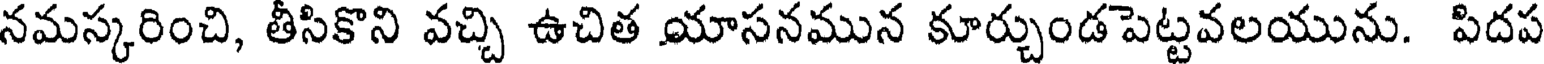
నమస్కరించి, తీసికొని వచ్చి ఉచిత యాసనమున కూర్చుండపెట్టవలయును. పిదప